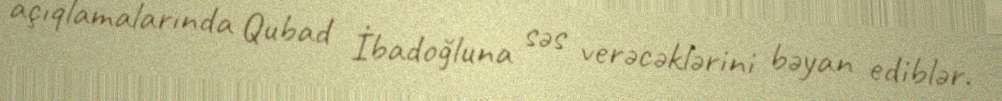
açıqlamalarında Qubad İbadoğluna səs verəcəklərini bəyan ediblər.